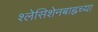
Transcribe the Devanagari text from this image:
श्लेसिशेनबाह्नच्या